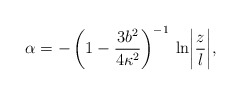
\begin{align*}\alpha = - \left(1-\frac{3b^2}{4\kappa^2}\right)^{-1}\: \ln \biggl|\frac{z}{l}\biggr|, \end{align*}